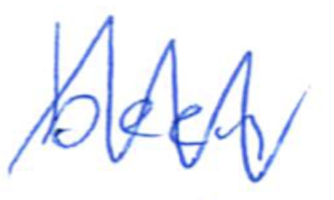
Text: been
Cross-out: mix
Writing tool: ballpoint